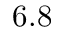
6 . 8